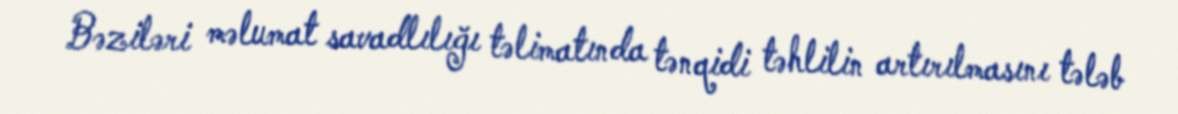
Bəziləri məlumat savadlılığı təlimatında tənqidi təhlilin artırılmasını tələb